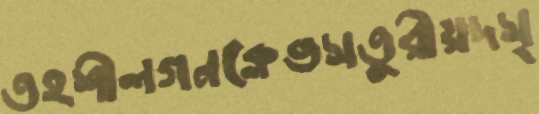
তহশীলগনক্লেভসতুরীয়দস্